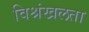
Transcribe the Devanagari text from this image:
विश्रंखलता